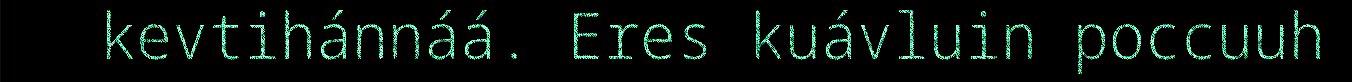
kevtihánnáá. Eres kuávluin poccuuh